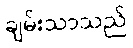
ချမ်းသာသည်